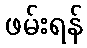
ဖမ်းရန်